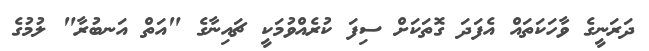
ދަރަނީގެ ވާހަކަތައް އެފަދަ ގޮތަކަށް ސިފަ ކުރެއްވުމަކީ ޗައިނާގެ "އަތް އަނބުރާ" ލުމުގެ